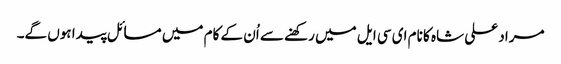
مراد علی شاہ کا نام ای سی ایل میں رکھنے سے اُن کے کام میں مسائل پیدا ہوں گے۔